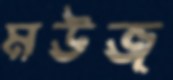
মউজ